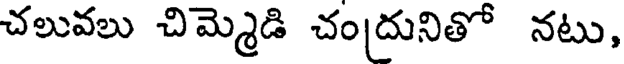
చలువలు చిమ్మెడి చందునితో నటు,